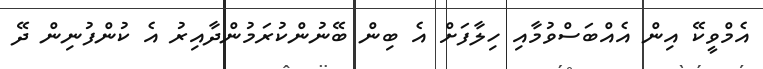
އެމްވީކޭ އިން އެއްބަސްވުމާއި ހިލާފަށް އެ ބިން ބޭނުންކުރަމުންދާއިރު އެ ކުންފުނިން ދޭ